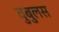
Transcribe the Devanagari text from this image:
वुबुलस